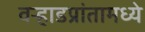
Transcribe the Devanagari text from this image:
वर्‍हाडप्रांतामध्ये